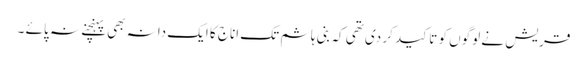
قریش نے لوگوں کو تاکید کر دی تھی کہ بنی ہاشم تک اناج کا ایک دانہ بھی پہنچنے نہ پائے ۔